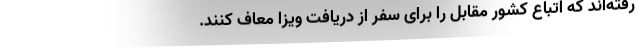
رفته‌اند که اتباع کشور مقابل را برای سفر از دریافت ویزا معاف کنند.